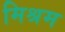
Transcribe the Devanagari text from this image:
मिश्रम